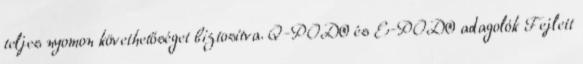
teljes nyomon követhetőséget biztosítva. Q-POD® és E-POD® adagolók Fejlett